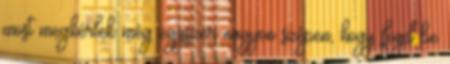
most megkérlek még egyszer nagyon szépen, hogy fogd be